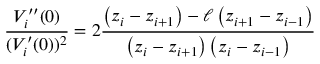
\frac { V _ { i } ^ { \prime \prime } ( 0 ) } { ( V _ { i } ^ { \prime } ( 0 ) ) ^ { 2 } } = 2 \frac { \left( z _ { i } - z _ { i + 1 } \right) - \ell \left( z _ { i + 1 } - z _ { i - 1 } \right) } { \left( z _ { i } - z _ { i + 1 } \right) \left( z _ { i } - z _ { i - 1 } \right) }